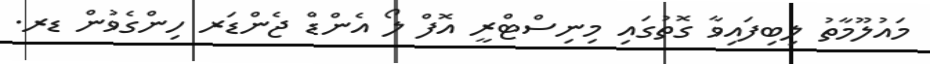
މައުލޫމާތު ލިބިފައިވާ ގޮތުގައި މިނިސްޓްރީ އޮފް ލޯ އެންޑް ޖެންޑަރ ހިންގެވުން ޑރ.